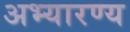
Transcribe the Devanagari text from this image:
अभ्यारण्‍य